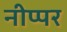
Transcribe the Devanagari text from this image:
नीप्पर